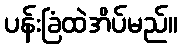
ပန်းခြံထဲအိပ်မည်။